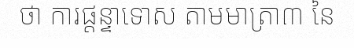
ថា ការផ្តន្ទាទោស តាមមាត្រា៣ នៃ